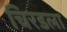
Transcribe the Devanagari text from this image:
चिरडला